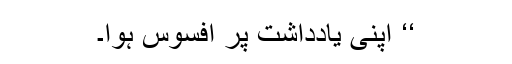
‘‘ اپنی یادداشت پر افسوس ہوا۔